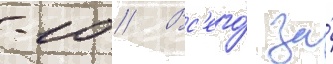
-10 // Вс'его́ за́